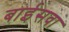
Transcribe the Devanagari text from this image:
बाईसवा